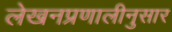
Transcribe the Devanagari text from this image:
लेखनप्रणालीनुसार